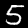
Digit: 5